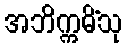
အဘိက္ကမိံသု